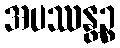
အပဿန္တဉ္စ